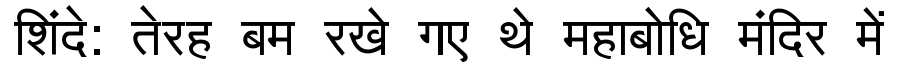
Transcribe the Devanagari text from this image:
शिंदे: तेरह बम रखे गए थे महाबोधि मंदिर में